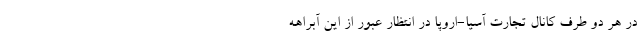
در هر دو طرف کانال تجارت آسیا-اروپا در انتظار عبور از این آبراهه